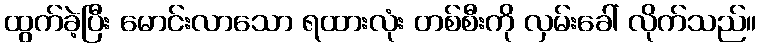
ထွက်ခဲ့ပြီး မောင်းလာသော ရထားလုံး တစ်စီးကို လှမ်းခေါ် လိုက်သည်။